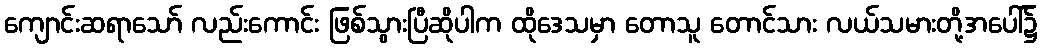
ကျောင်းဆရာသော် လည်းကောင်း ဖြစ်သွားပြီဆိုပါက ထိုဒေသမှာ တောသူ တောင်သား လယ်သမားတို့အပေါ်၌